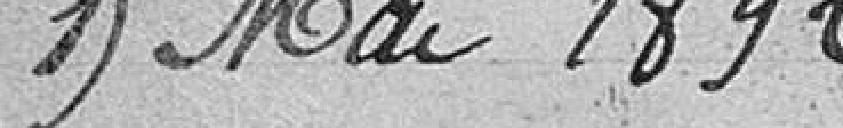
15 mai 1892